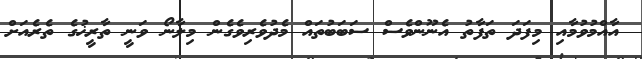
އާއްމުވުމާއި މިފަދަ ތަފާތު އެނޫންވެސް ސަބަބުތައް މެދުވެރިވެގެން މިލާނޯ ވަނީ ތާރީޚުގެ ތެރެއަށް